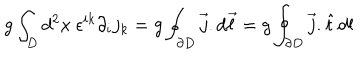
g \int _ { D } d ^ { 2 } x ~ \epsilon ^ { i k } \partial _ { i } j _ { k } = g \oint _ { \partial D } \vec { j } . d \vec { \ell } = g \oint _ { \partial D } \vec { j } . \hat { t } \, d l